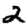
Digit: 2